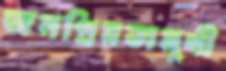
জনপ্রিয়তামুখী